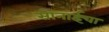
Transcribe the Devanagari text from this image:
सोनाईचा